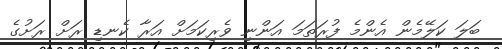
ބަލަ ކަލޭމެން އެންމެ ފުރަތަމަ އަންނި ވެރިކަމަށް އަރާ ކެނޑި ރަށް ރަށުގެ